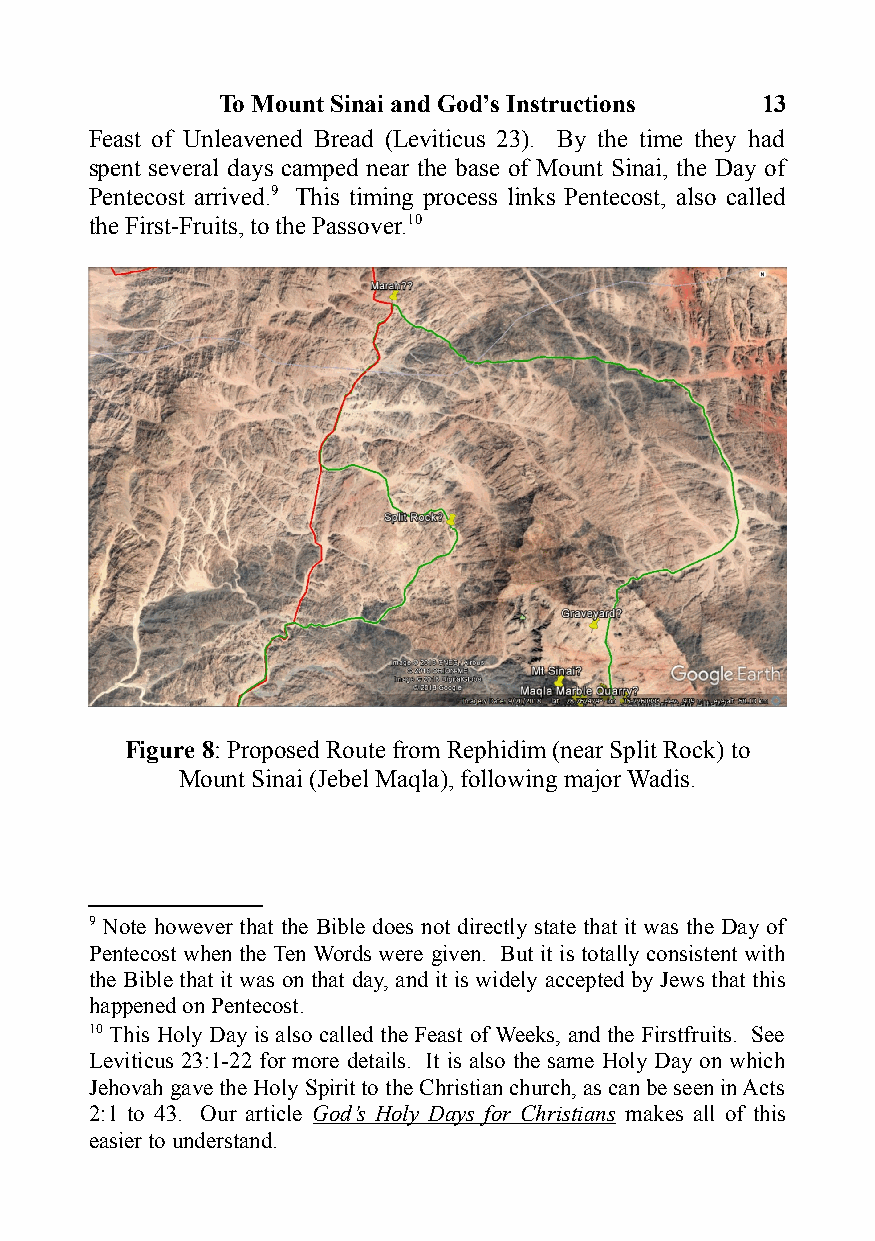
To Mount Sinai and God’s Instructions 13
 Feast of Unleavened Bread (Leviticus 23). By the time they had
 spent several days camped near the base of Mount Sinai, the Day of
 Pentecost arrived.9 This timing process links Pentecost, also called
 the First-Fruits, to the Passover.10
 Figure 8: Proposed Route from Rephidim (near Split Rock) to
 Mount Sinai (Jebel Maqla), following major Wadis.
 9 Note however that the Bible does not directly state that it was the Day of
 Pentecost when the Ten Words were given. But it is totally consistent with
 the Bible that it was on that day, and it is widely accepted by Jews that this
 happened on Pentecost.
 10 This Holy Day is also called the Feast of Weeks, and the Firstfruits. See
 Leviticus 23:1-22 for more details. It is also the same Holy Day on which
 Jehovah gave the Holy Spirit to the Christian church, as can be seen in Acts
 2:1 to 43. Our article God’s Holy Days for Christians makes all of this
 easier to understand.